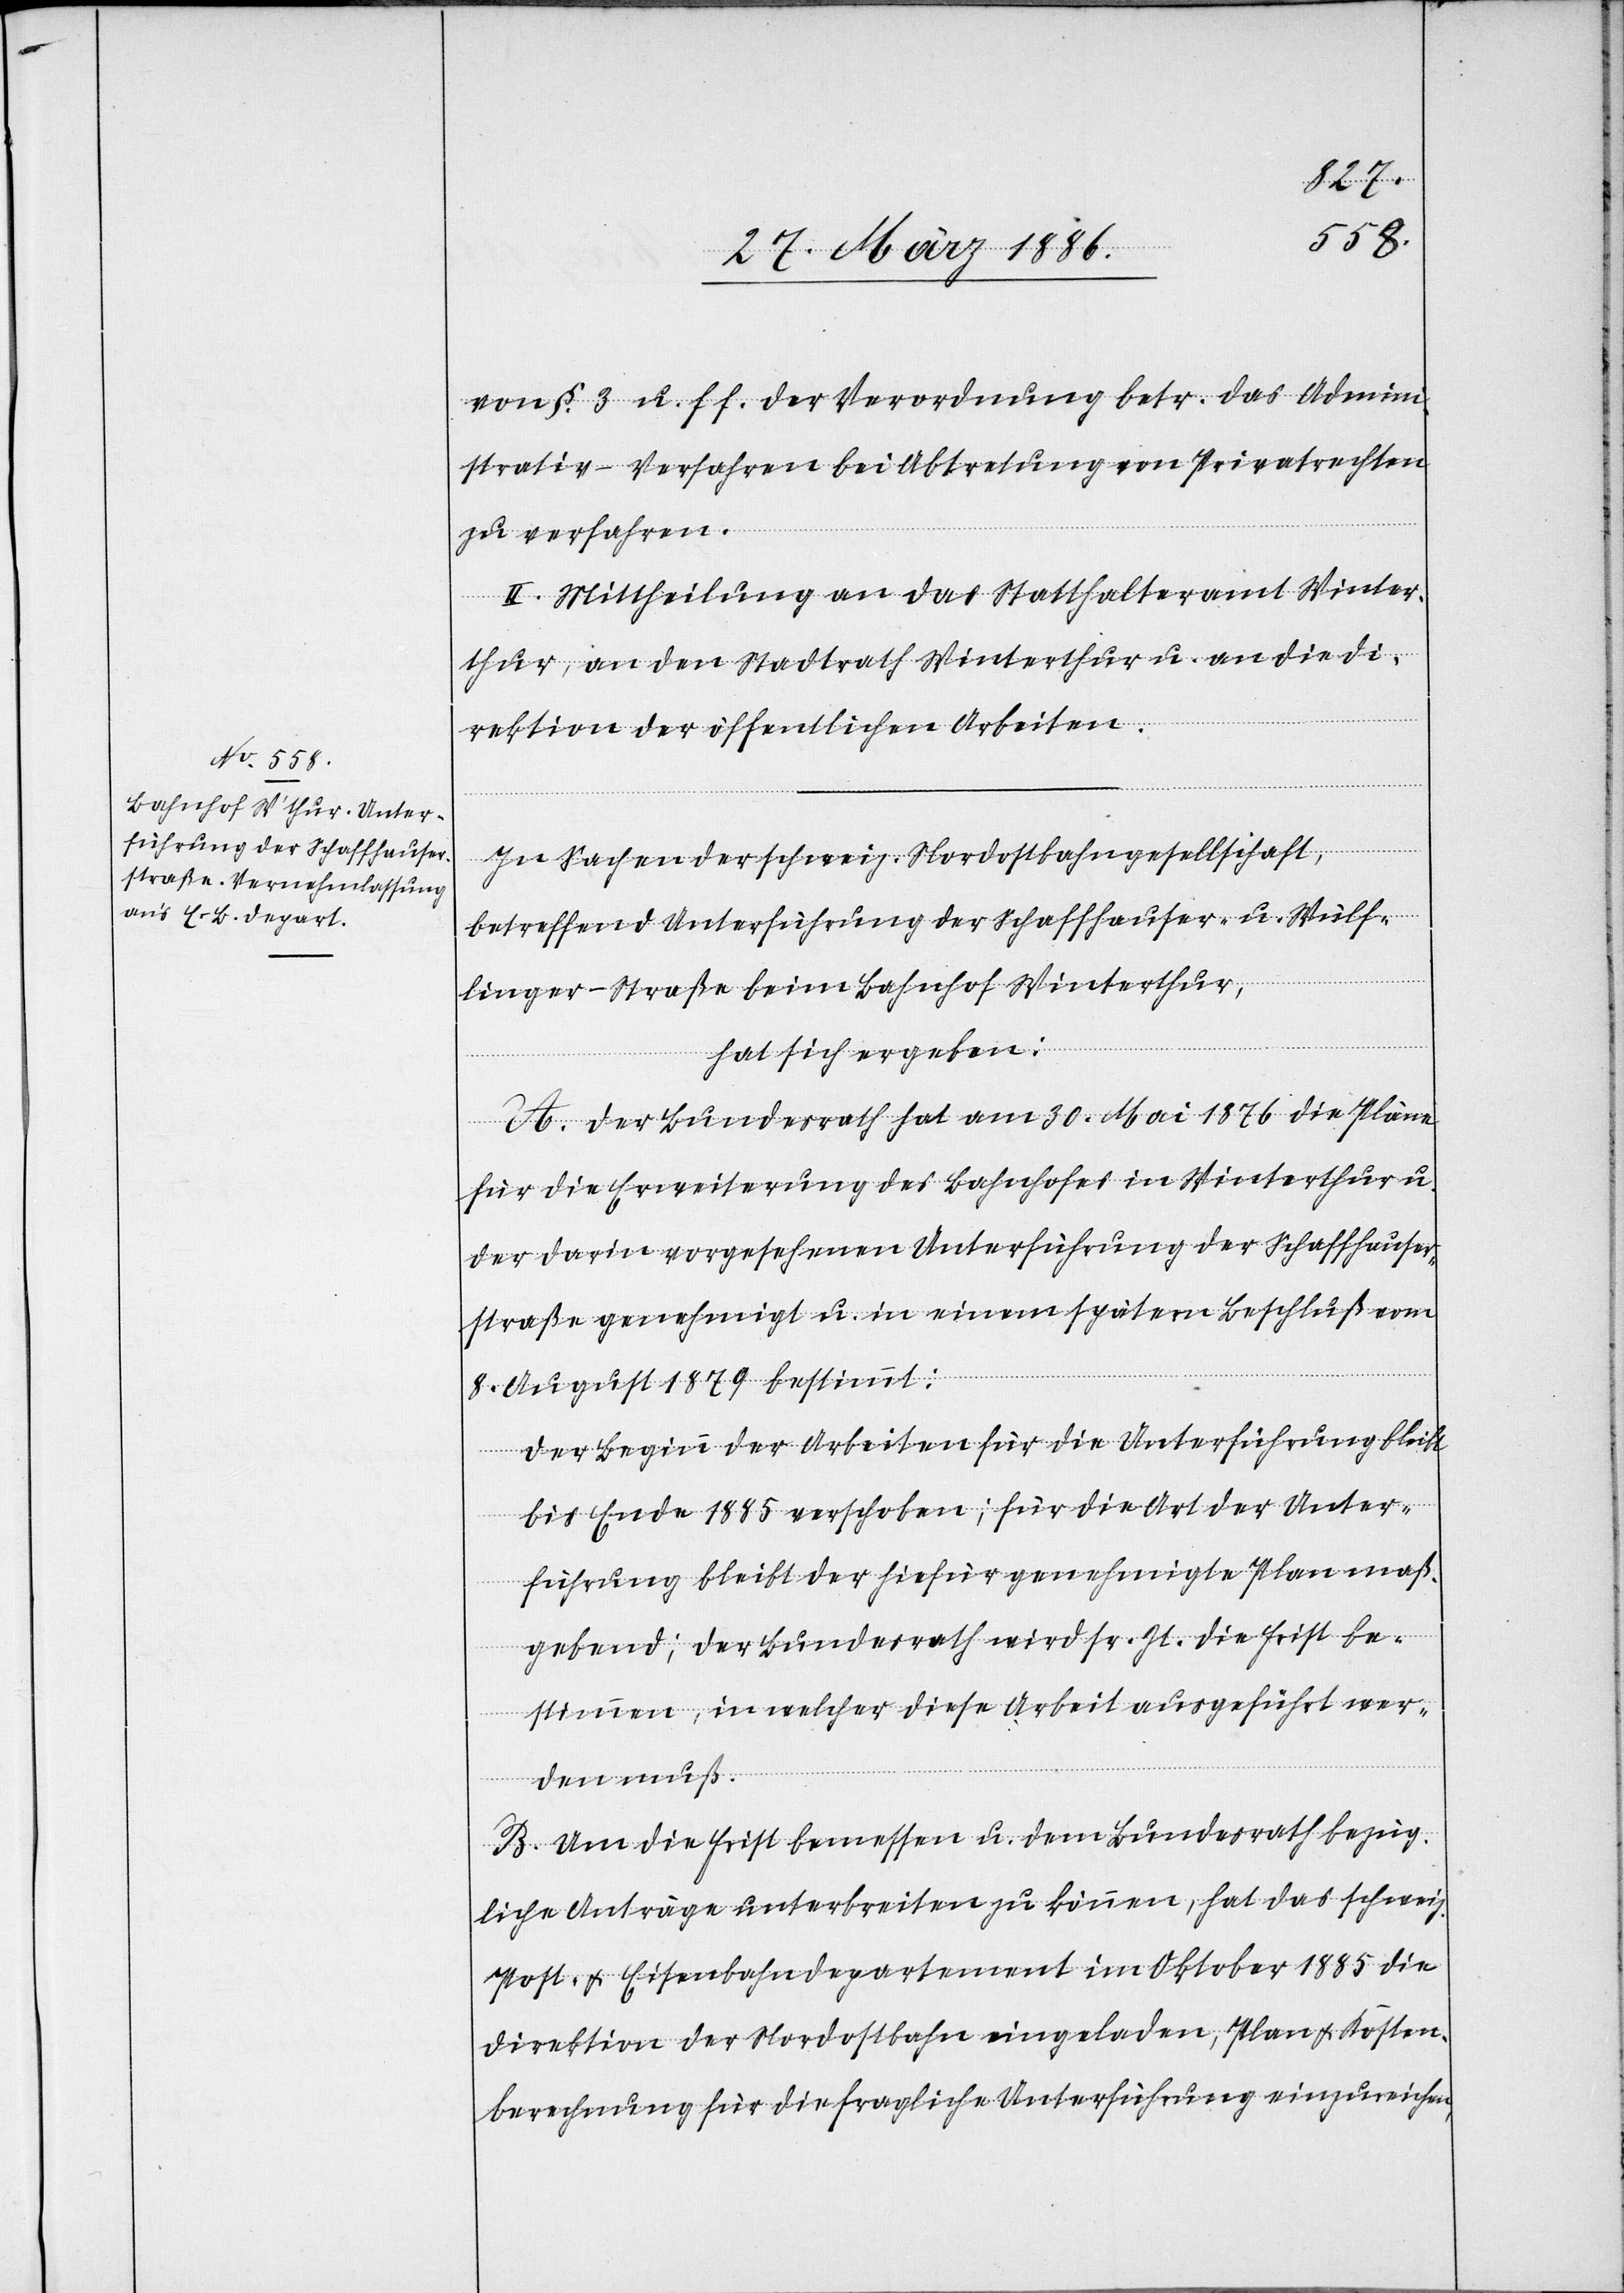
von §. 3 u. f. f. der Verordnung betr. das Admini¬
strativ-Verfahren bei Abtretung von Privatrechten
zu verfahren.
II. Mittheilung an das Statthalteramt Winter¬
thur, an den Stadtrath Winterthur u. an die Di¬
rektion der öffentlichen Arbeiten.
In Sachen der schweiz. Nordostbahngesellschaft,
betreffend Unterführung der Schaffhauser- u. Wülf¬
linger-Straße beim Bahnhof Winterthur,
hat sich ergeben:
A. Der Bundesrath hat am 30. Mai 1876 die Pläne
für die Erweiterung des Bahnhofes in Winterthur u.
der darin vorgesehenen Unterführung der Schaffhauser¬
straße genehmigt u. in einem spätern Beschluß am
8. August 1879 bestimmt:
Der Beginn der Arbeiten für die Unterführung bleibt
bis Ende 1885 verschoben; für die Art der Unter¬
führung bleibt der hiefür genehmigte Plan maß¬
gebend; der Bundesrath wird sr. Zt. die Frist be¬
stimmen, in welcher diese Arbeit ausgeführt wer¬
den muß.
B. Um die Frist bemessen u. dem Bundesrath bezüg¬
liche Anträge unterbreiten zu können, hat das schweiz.
Post- & Eisenbahndepartement im Oktober 1885 die
Direktion der Nordostbahn eingeladen, Plan & Kosten¬
berechnung für die fragliche Unterführung einzureichen,